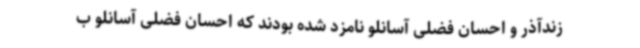
زندآذر و احسان فضلی آسانلو نامزد شده بودند که احسان فضلی آسانلو ب